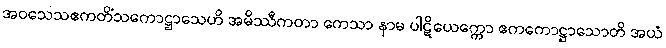
အဝသေသဧကတိံသကောဋ္ဌာသေဟိ အမိဿီကတာ ကေသာ နာမ ပါဋိယေက္ကော ဧကကောဋ္ဌာသောတိ အယံ